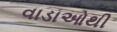
વાડાઓથી